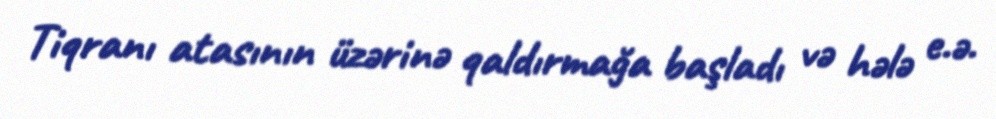
Tiqranı atasının üzərinə qaldırmağa başladı və hələ e.ə.